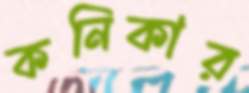
কনিকার